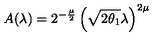
A ( \lambda ) = 2 ^ { - \frac { \mu } { 2 } } \left( \sqrt { 2 \theta _ { 1 } } \lambda \right) ^ { 2 \mu }